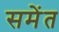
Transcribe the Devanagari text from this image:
समेंत